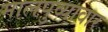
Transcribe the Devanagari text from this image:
मालपुव्यावार